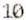
10